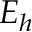
E _ { h }